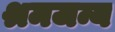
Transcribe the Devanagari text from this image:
श्रमजन्य